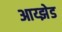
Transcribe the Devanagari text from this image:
आय्झेड